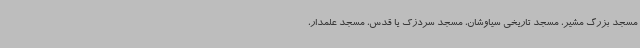
مسجد بزرگ مشیر، مسجد تاریخی سیاوشان، مسجد سردزک یا قدس، مسجد علمدار،